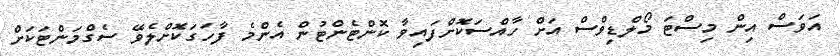
އަވަސް އިން މިސްޓަ މޯލްޑިވްސް އަށް ހާއްސަކޮށްފައިވާ ކޮންޓެންޓުން އެންމެ ފާހަގަކޮށްލެވޭ ސެގްމަންޓަކަށް